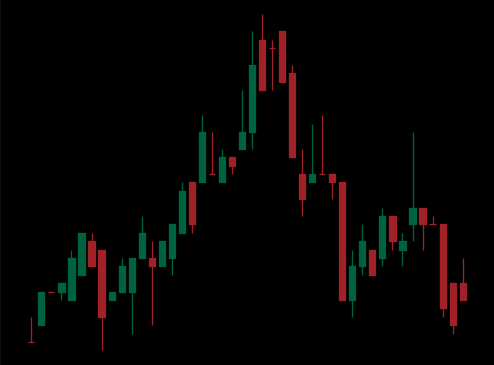
Pattern: head_shoulders